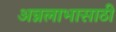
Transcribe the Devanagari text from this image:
अन्नलाभासाठी